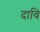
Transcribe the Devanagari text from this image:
दावि